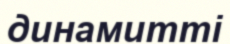
динамитті